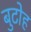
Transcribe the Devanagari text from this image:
बुटोह